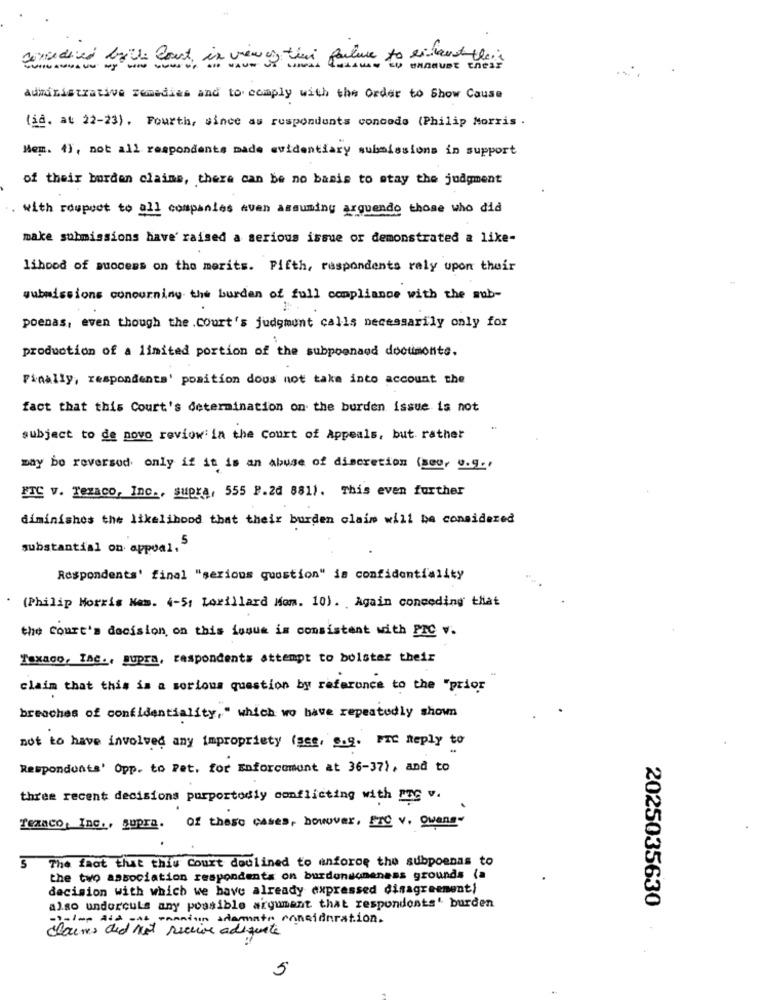
administrative remedies and to comply with the Order to Show Cause
(id. at 22-23). Fourth, since as respondents concede (Philip Morris .
Mem. 4), not all respondents made evidentiary submissions in support
of their burden clains, there can be no basis to stay the judgment
with respect to all companies even assuming arquendo those who did
make submissions have' raised a serious issue or demonstrated a like-
lihood of muocess on the merits. Pifth, respondents raly upon their
submissions concerning the burden of full compliance with the sub-
poenas, even though the .Court's judgment calls necessarily only for
production of a limited portion of the subpoenaed doouimonte.
Finally, respondents' position doos not take into account the
fact that this Court's determination on the burden issue is not
subject to de novo reviowi in the Court of Appeals, but rather
may be reversed only if it is an abuse of discretion (seo, g.9.'
FTC V. Texaco, Inc ., supra, 555 P.20 881). This even further
diminishes the likelihood that their burden claim will be considered
substantial on appeal,$
Respondents' final "serious question" is confidentiality
(Philip Morris Nem. 4-5: Lorillard Hom. 10). Again conceding that
the court's decision on this issue is consistent with PIC w.
Texaco, INC ., supra, respondents attempt to bolster their
claim that this is a serious question by reference to the "prior
breaches of confidentiality, " which wo have repeatedly shown
not to have involved any impropriety (see, o.g. FrC Reply to
Respondents' Opp. to Pet. for Enforcement at 36-37), and to
three recent decisions purportedly conflicting with Fre v.
Texaco, Inc ., Supra. of these cases, however, Pro v. wang
5 The fact that this court declined to anforos the subpoenas to
the two association respondents on burdondoneness grounds (a
decision with which we have already expressed dinagreement)
also undercula any possible argument that respondents' burden
2025035630
-el- att ant camion adomates consideration.
claims did not receive adequate
5